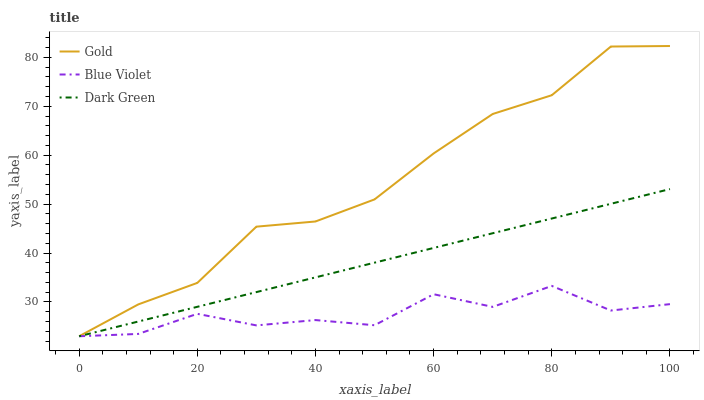
| xaxis_label | Gold | Blue Violet | Dark Green |
 | --- | --- | --- | --- |
 | 0 | 23 | 23 | 23 |
 | 10 | 29.5 | 23.5 | 26 |
 | 20 | 33.9 | 27.6 | 29 |
 | 30 | 45.4 | 25.2 | 32 |
 | 40 | 46.4 | 26.3 | 35 |
 | 50 | 51 | 25.2 | 38 |
 | 60 | 60.4 | 31.6 | 41 |
 | 70 | 68.4 | 29 | 44 |
 | 80 | 72.2 | 33.3 | 47.1 |
 | 90 | 82.2 | 28.3 | 50.1 |
 | 100 | 82.3 | 29.6 | 53.1 |